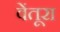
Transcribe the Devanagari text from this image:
वेंतूरा